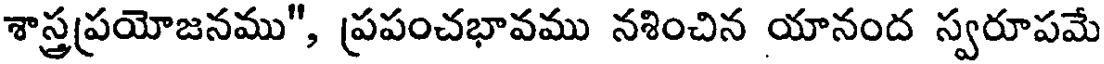
శాస్త్రప్రయోజనము", ప్రపంచభావము నశించిన యానంద స్వరూపమే